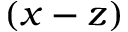
( x - z )